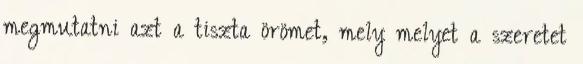
megmutatni azt a tiszta örömet, mely melyet a szeretet